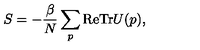
S = - \frac { \beta } { N } \sum _ { p } \mathrm { R e T r } U ( p ) ,